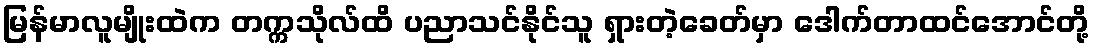
မြန်မာလူမျိုးထဲက တက္ကသိုလ်ထိ ပညာသင်နိုင်သူ ရှားတဲ့ခေတ်မှာ ဒေါက်တာထင်အောင်တို့